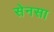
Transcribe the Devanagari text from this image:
सेनसा